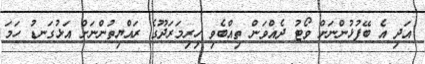
އަދި އެ ބޭފުޅުންނަށް ވޯޓު ދެއްވަން ތިއްބެވި ހިރިމަރަދޫގެ ރައްޔިތުންނަށް އަޅުގަނޑު ހަމަ